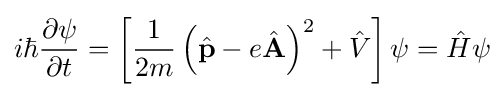
i\hbar {\frac {\partial \psi }{\partial t}}=\left[{\frac {1}{2m}}\left({\hat {\mathbf {p} }}-e{\hat {\mathbf {A} }}\right)^{2}+{\hat {V}}\right]\psi ={\hat {H}}\psi